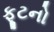
ફૂટનો